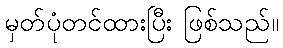
မှတ်ပုံတင်ထားပြီး ဖြစ်သည်။